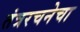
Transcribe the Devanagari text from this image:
तंत्ररचनेचा